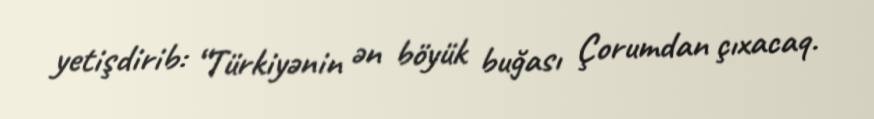
yetişdirib: “Türkiyənin ən böyük buğası Çorumdan çıxacaq.